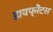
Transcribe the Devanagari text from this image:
डायफ्रैंटस